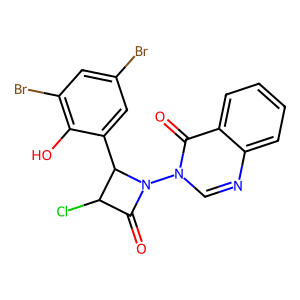
SMILES: O=C1C(Cl)C(c2cc(Br)cc(Br)c2O)N1n1cnc2ccccc2c1=O
Inhibits HIV replication: No